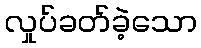
လှုပ်ခတ်ခဲ့သော